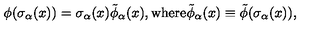
\phi ( \sigma _ { \alpha } ( x ) ) = \sigma _ { \alpha } ( x ) \tilde { \phi } _ { \alpha } ( x ) , \mathrm { w h e r e } \tilde { \phi } _ { \alpha } ( x ) \equiv \tilde { \phi } ( \sigma _ { \alpha } ( x ) ) ,